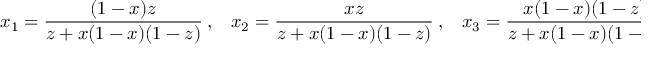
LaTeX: x _ { 1 } = \frac { ( 1 - x ) z } { z + x ( 1 - x ) ( 1 - z ) } ~ , \; \; \; x _ { 2 } = \frac { x z } { z + x ( 1 - x ) ( 1 - z ) } ~ , \; \; \; x _ { 3 } = \frac { x ( 1 - x ) ( 1 - z ) } { z + x ( 1 - x ) ( 1 - z ) } ~ ,